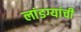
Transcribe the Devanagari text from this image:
लांडग्यांची